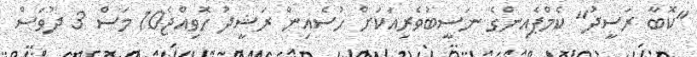
"ކޮބާ ރަސީދު" ކެމްޕެއިންގެ ނަސީބުވެރިއަކަށް ހުސެއިން ރަޝީދު ހޮވިއްޖެ10 މަސް 3 ދުވަސް